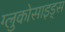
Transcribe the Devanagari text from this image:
ग्लुकोसाइड्‌स